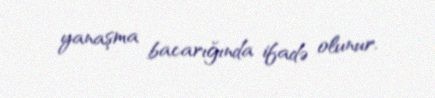
yanaşma bacarığında ifadə olunur.